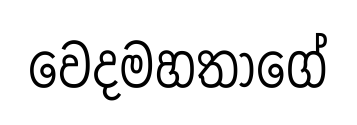
වෙදමහතාගේ